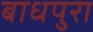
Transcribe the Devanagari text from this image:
बाधपुरा